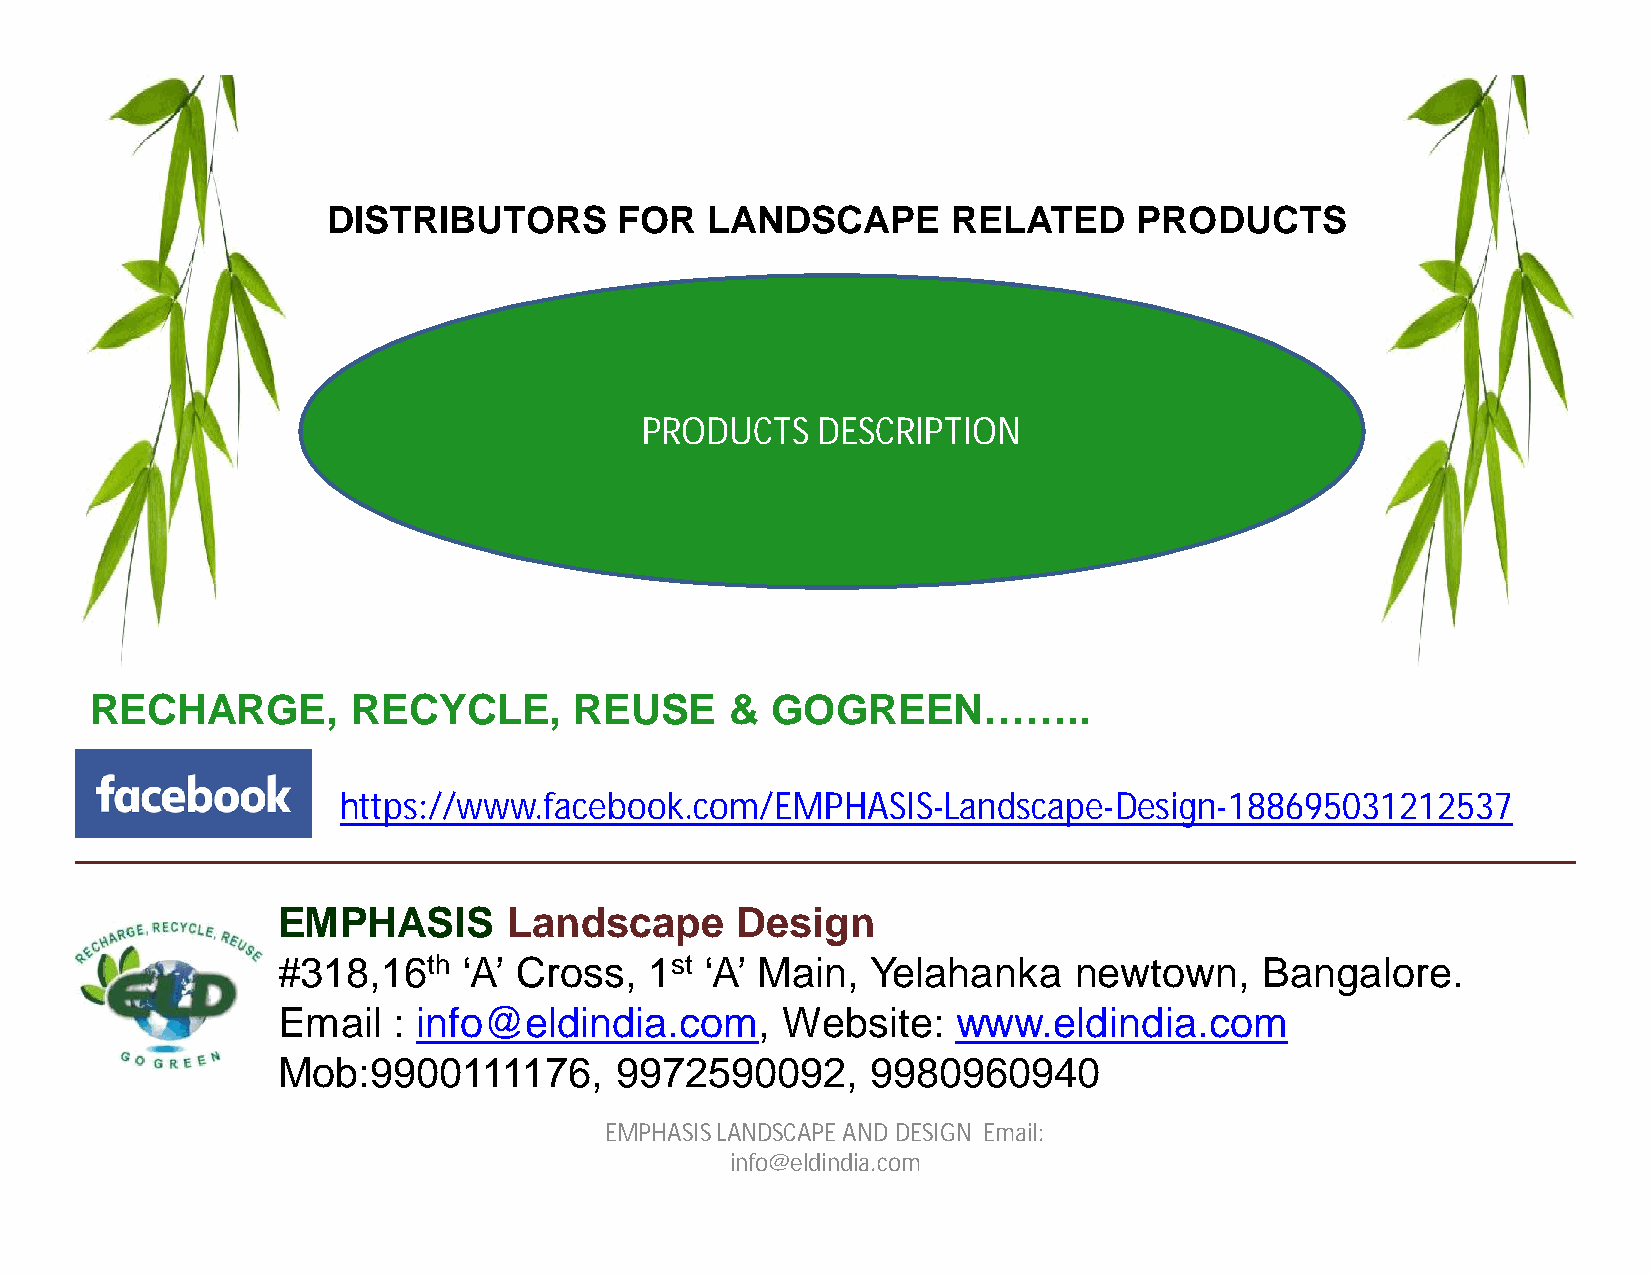
DISTRIBUTORS       FOR   LANDSCAPE       RELATED     PRODUCTS
 PRODUCTS    DESCRIPTION
 RECHARGE,        RECYCLE,       REUSE     &  GOGREEN……..
 https://www.facebook.com/EMPHASIS-Landscape-Design-188695031212537
 EMPHASIS        Landscape      Design
 #318,16th    ‘A’ Cross,  1st ‘A’ Main,  Yelahanka    newtown,     Bangalore.
 Email   : info@eldindia.com,      Website:   www.eldindia.com
 Mob:9900111176,        9972590092,      9980960940
 EMPHASIS LANDSCAPE AND DESIGN Email:
 info@eldindia.com